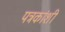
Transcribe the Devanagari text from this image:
पत्रकांशी